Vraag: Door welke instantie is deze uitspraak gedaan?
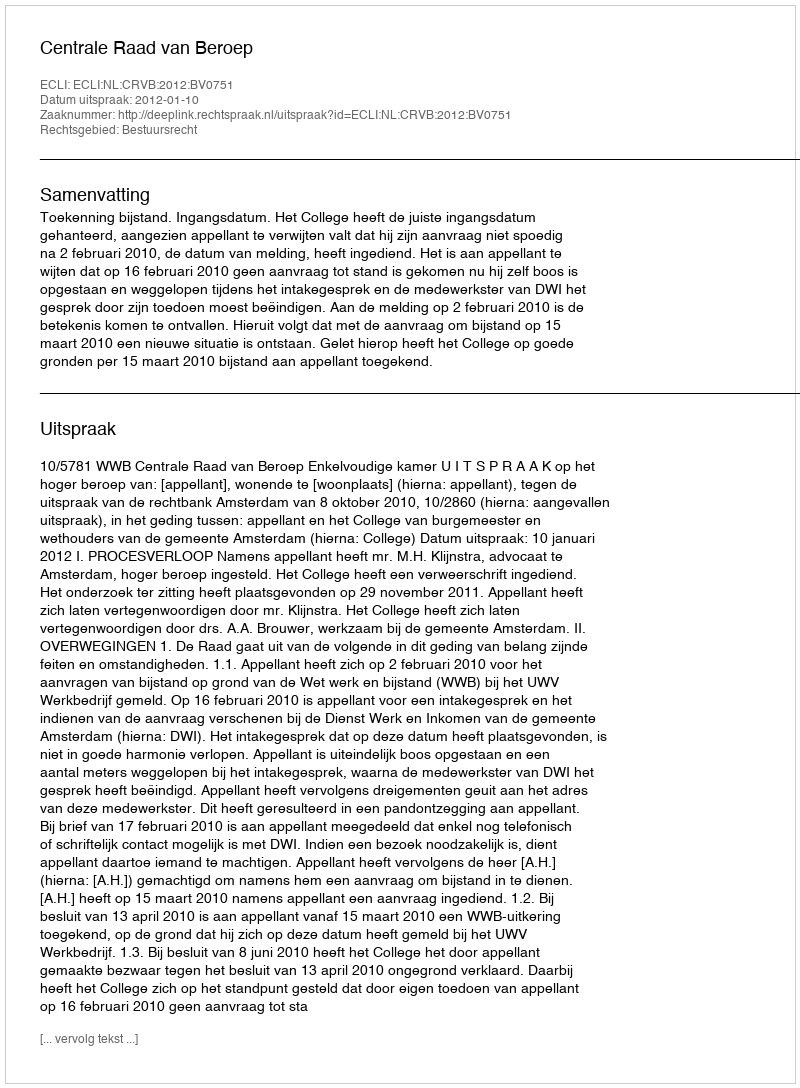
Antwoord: Centrale Raad van Beroep